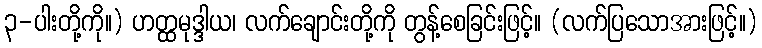
၃-ပါးတို့ကို။) ဟတ္ထမုဒ္ဒါယ၊ လက်ချောင်းတို့ကို တွန့်စေခြင်းဖြင့်။ (လက်ပြသောအားဖြင့်။)